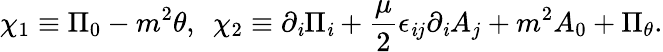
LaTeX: \chi_{1}\equiv\Pi_{0}-m^{2}\theta,~~\chi_{2}\equiv\partial_{\mathit{i}}\Pi_{\mathit{i}}+{\frac{{\mu}}{{2}}}\epsilon_{\mathit{i}j}\partial_{\mathit{i}}A_{j}+m^{2}A_{0}+\Pi_{\theta}.